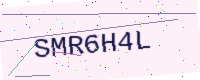
Text: SMR6H4L